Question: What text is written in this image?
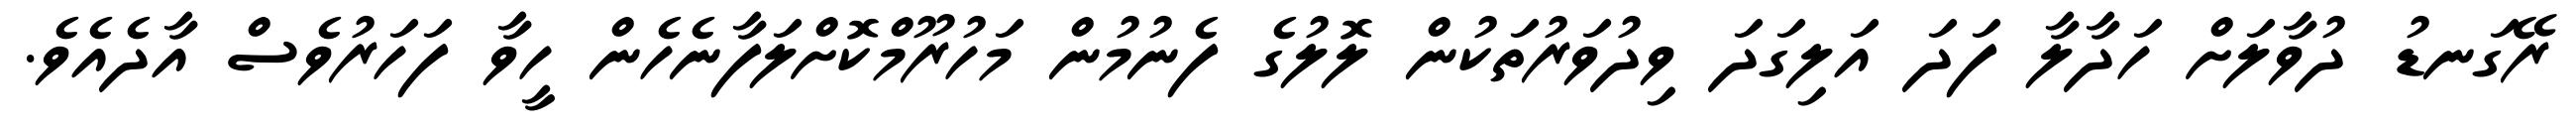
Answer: ރޭގަނޑު ދުވާލަށް ހަދާލާ ފަދަ އަލިގަދަ ވިދުވަރުތަކުން ލޮލުގެ ފެނުމުން މަހުރޫމްކޮށްލަފާނެހެން ހީވާ ފަހަރުވެސް އާދެއެވެ.